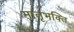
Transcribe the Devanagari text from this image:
मातृभक्ति